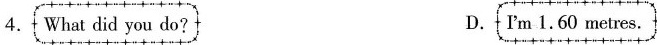
4. What did you do？ D. I‘m 1.60 metres.